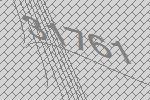
31761